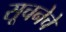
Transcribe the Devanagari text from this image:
सूचनेचे